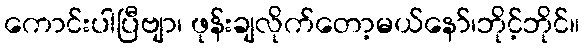
ကောင်းပါပြီဗျာ၊ ဖုန်းချလိုက်တော့မယ်နော်၊ဘိုင့်ဘိုင်။